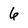
Character: 6